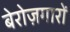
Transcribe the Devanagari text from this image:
बेरोज़गारों